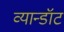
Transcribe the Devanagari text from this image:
व्यान्डॉट